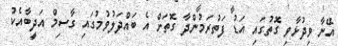
އޭނާ ވިދުޅާވި ގޮތުގައި އަޑު ފަތުރަމުންދާ ގޮތަށް އެ ބައްދަލުވުމުގައި ގާސިމް އަދީބާއެކު